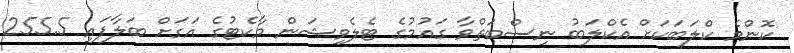
ކޮންމެ ކްލަބަކަށް އެކްލަބު ނިސްބަތްވާ ގައުމުގެ ޓެލެވިޝަން މާކެޓުގެ އަގަށް ބަލާފައި 255.5